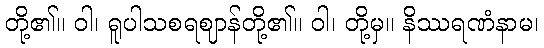
တို့၏။ ဝါ၊ ရူပါသစရဈာန်တို့၏။ ဝါ၊ တို့မှ။ နိဿရဏံနာမ၊